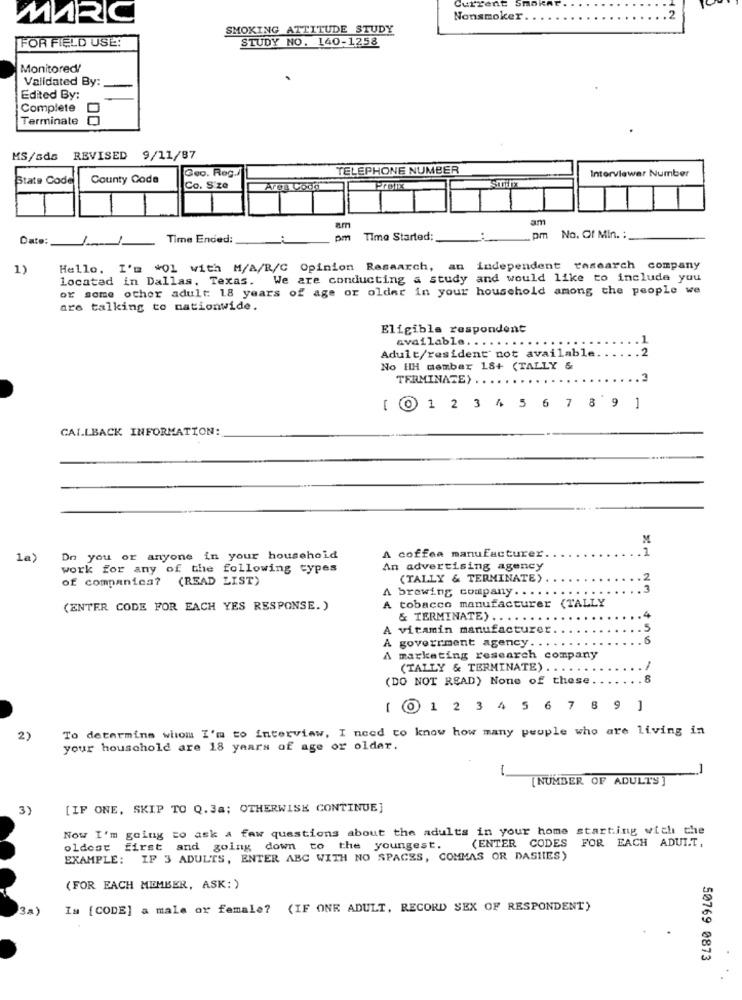
Current Sm
MARC
Nonsmoker .
SMOKING ATTITUDE STUDY
FOR FIELD USE!
STUDY NO. 140-1258
Monitored!
Validated By:
Edited By:
Complete
Terminate
MS/sds REVISED 9/11/87
Geo. Reg.
TELEPHONE NUMBER
Interviewer Number
State Code
County Code
Co. Size
Arga Codo
Pron
am
am
Date:
Time Ended:
pm
Time Started;
pm No. Of Min. :_
1)
Hello, I'm #01 with M/A/R/C Opinion Research, an independent research company
located in Dallas, Texas. We are conducting a study and would like to include you
or some other adult 18 years of age or older in your household among the people we
are talking to nationwide.
Eligible respondent
available ...
.1
Adult/resident not available.
. . 2
No HH member 18+ (TALLY &
TERMINATE) ..
.3
[ 0 1 2 3 4 5 6 7 8 9 ]
CALLBACK INFORMATION:
M
1a)
Do you or anyone in your household
A coffea manufacturer.
work for any of the following types
An advertising agency
of companica? (READ LIST)
(TALLY & TERMINATE)
.. 2
A brewing company . . ..
(ENTER CODE FOR EACH YES RESPONSE.)
A tobacco manufacturer (TALLY
& TERMINATE) ......
.. 4
vitamin manufacturer.
.5
government agency ...
. .
6
A marketing research company
(TALLY & TERMINATE) .
(DO NOT READ) None of these
.8
[ @ 1 2 3 4 5 6 7 8 9 ]
To determine whom I'm to interview, I need to know how many people who are living in
2)
your household are 18 years of age or older.
[NUMBER OF ADULTS ]
3)
[IF ONE, SKIP TO Q. 3a; OTHERWISE CONTINUE]
Now I'm going to ask a few questions about the adults in your home starting with the
(ENTER CODES
FOR EACH ADULT,
oldest first and going down to the youngest.
EXAMPLE: IF 3 ADULTS, ENTER ABC WITH NO SPACES, COMMAS OR DASHES)
(FOR EACH MEMBER, ASK:)
3a]
Is [CODE] a male or female? (IF ONE ADULT, RECORD SEX OF RESPONDENT)
50769 0873